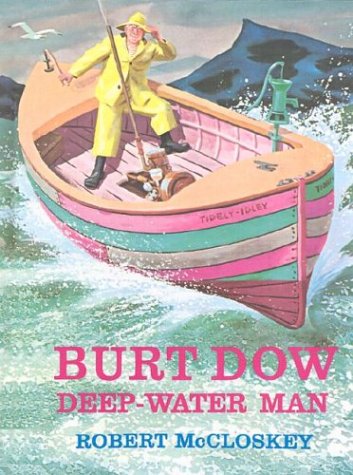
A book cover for Burt Dow, Deep-Water Man : A Tale of the Sea in Classic Tradition; Robert McCloskey; Children's Books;